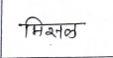
मजकूर: मिसळ